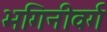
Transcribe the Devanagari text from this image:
भगिनीवर्ग